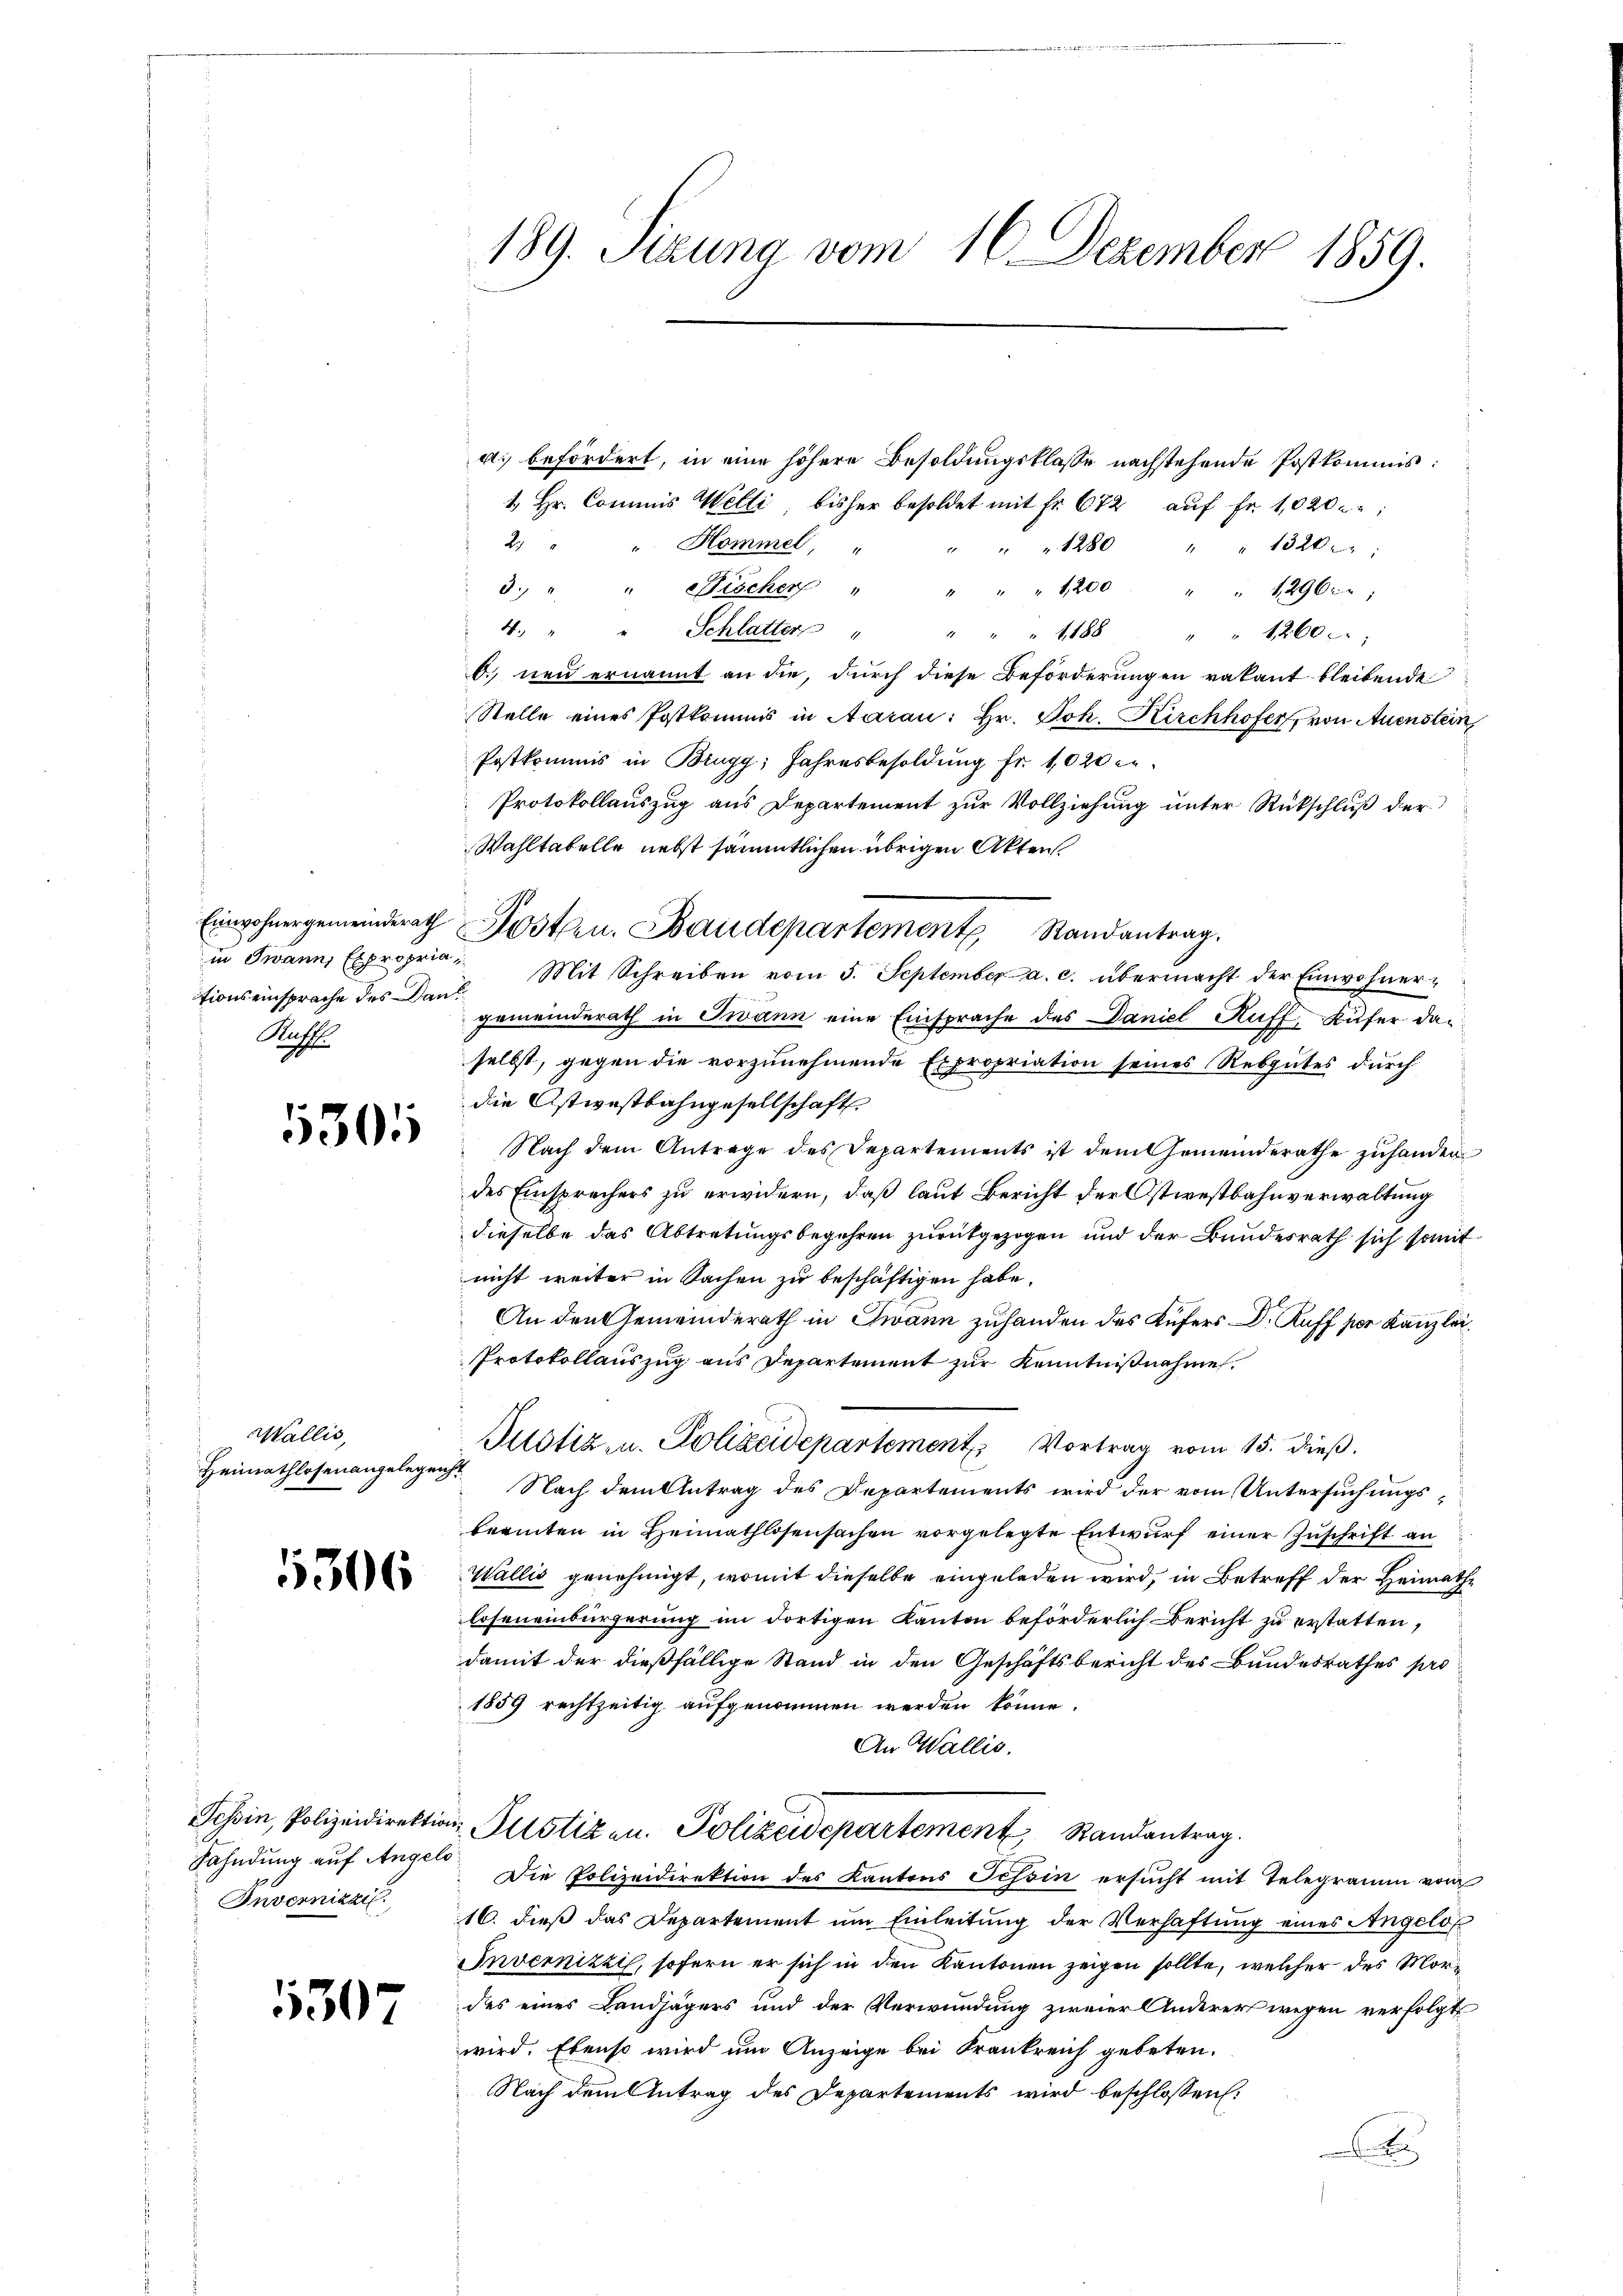
189. Sizung vom 16. Dezember 1859.

a. befördert, in eine höhere Besoldungsklasse nachstehende Postkommis¬
1. Hr. Commis Welti, bisher besoldet mit Fr. 672 aŭf Fr. 1020;
2. " " Kommel, "
" " " 1280 " " 1320:
3. " " Fischer " " " " 1200 " " 12960;
4. " " Schlatter " " " " 1188 " " 1260.
O. neu ernannt an die, durch diese Beförderungen vakant bleibende
Stelle eines Postkommnis in Aarau: Hr. Joh. Kirchhofer, von Auenstein,
Postkommis in Brugg, Jahresbesoldung fr. 1020 e
Protokollauszug aus Departement zur Vollziehung unter Rückschluß der
Wahltabelle nebst sämmtlichen übrigen Akten.
in Twann, Expropria- Mit Schreiben vom 5. September a. c. übermacht der Einwohner-
gemeinderath in Twann eine Einsprache des Daniel Auff, Küfer daselbst, gegen die vorzunehmende Expropriation seines Rebgutes durch
die Ostwestbahngesellschaft
Nach dem Antrage des Departements ist dem Gemeinderathe zuhanden
des Einsprechers zu erwidern, daß laut Bericht der Ostwestbahnverwaltung
dieselbe das Abtretungsbegehren zurückgezogen und der Bundesrath sich somit
nicht weiter in Sachen zu beschäftigen habe.
An den Gemeinderath in Zwann zuhanden des Küfers Dr. Kuff sie Kanzlei
Protokollauszug aus Departement zur Kenntnißnahme.
Justiz- u. Polizeidepartement Vortrag vom 15. dieß.
Nach dem Antrag des Departements wird der vom Untersuchungs
berinten in Heimathlosensachen vorgelegte Entwurf einer Zuschrift an
Wallis genehmigt, womit dieselbe eingeladen wird, in Betreff der Heimathloseneinbürgerung im dortigen Kanton beförderlich Bericht zu erstatten,
damit der dießfällige Stand in den Geschäftsbericht des Bundesrathes pro
1859 rechtzeitig aufgenommen werden könne.
An Wallis.
Tessin, Polizeidirektion Iltotizen. Polizeidepartement Randantrag.
Die Polizeidirektion des Kantons Tessin ersucht mit Telegramm vom
16. dieß das Departement um Einleitung der Verhaftung eines Angelos
Invennizzi, sofern er sich in den Kantonen zeigen sollte, welcher des Mordes eines Landjägers und der Verwundung zweier Anderer wegen verfolgt
wird. Ebenso wird um Anzeige bei Frankreich gebeten.
Nach dem Antrag des Departements wird beschlossen:
x
s

Einwohnergemeinderath
tionseinsprache des Dan
Nacht.

Posten. Baudepartement Randantrag.

1301

Wallis,
Heimathlosenangelegenst

1306

Fahndung auf Angelo
Invernizzi.

1307